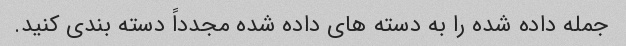
جمله داده شده را به دسته های داده شده مجدداً دسته بندی کنید.